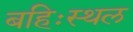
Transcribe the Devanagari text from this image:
बहिःस्थल